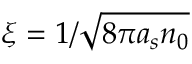
\xi = 1 / { \sqrt { 8 \pi a _ { s } n _ { 0 } } }